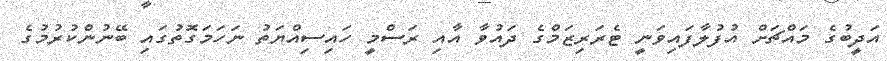
އަދީބުގެ މައްޗަށް އުފުލާފައިވަނީ ޓެރަރިޒަމްގެ ދައުވާ އާއި ރަސްމީ ހައިސިއްޔަތު ނަހަމަގޮތުގައި ބޭނުންކުރުމުގެ